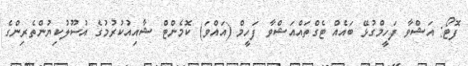
ފޮޓޯ: އަޝްވާ ފަހީމްގުޅޭ ބައެއް ޓެގްތައްއަޝްވާ ފަހީމް (އައްވަ) ކޮމެންޓް ޝާއިއުކުރުމުގެ އުސޫލުކިޔުންތެރިންގެ